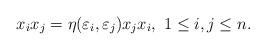
LaTeX: \begin{align*}x_ix_j = \eta(\varepsilon_i,\varepsilon_j)x_jx_i,~ 1\leq i,j\leq n.\end{align*}